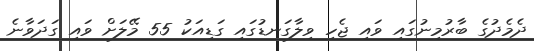
ދެމެދުގެ ބާރުމިނުގައި ވައި ޖެހި ވިލާގަނޑުގައި ގަޑިއަކު 55 މޭލަށް ވައި ގަދަވާނެ